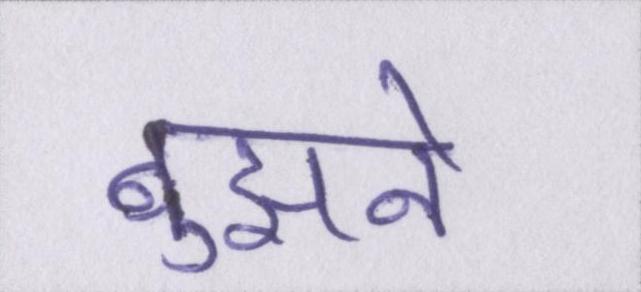
बुझने